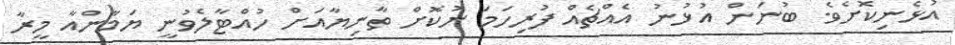
އުޅެނިކޮށެވެ. ބުނަން އުޅުނު އެއްޗެއް ފުރިހަމަ ނުކޮށް ތާނިޔާއަށް ހުއްޓާލެވުނީ ޔަމާންއާ މީރާ